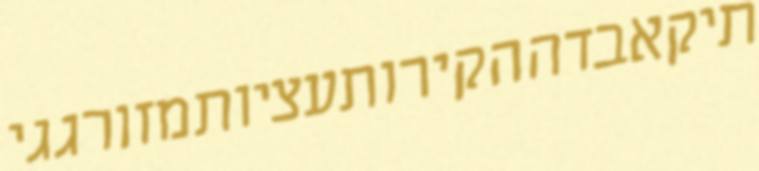
תיקאבדההקירותעציותמזורגגי